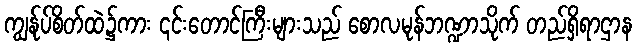
ကျွန်ုပ်စိတ်ထဲ၌ကား ၎င်းတောင်ကြီးများသည် စောလမုန်ဘဏ္ဍာသိုက် တည်ရှိရာဌာန